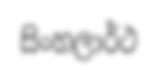
සිංහලාර්ථ